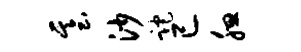
基沙跎已腮